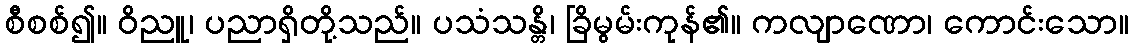
စီစစ်၍။ ဝိညူ၊ ပညာရှိတို့သည်။ ပသံသန္တိ၊ ခြိမွမ်းကုန်၏။ ကလျာဏော၊ ကောင်းသော။